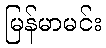
မြန်မာမင်း